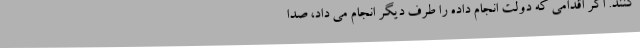
کنند. اگر اقدامی که دولت انجام داده را طرف دیگر انجام می داد، صدا